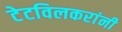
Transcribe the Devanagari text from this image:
टेटविलकरांनी